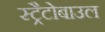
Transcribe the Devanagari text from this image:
स्ट्रैटोबाउल